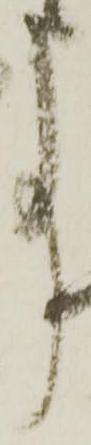
事